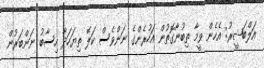
އަލްބަޝީރު: އެހެން ވީމާ ތިބުނާގޮތުން އަހުރެންގެ ނަންވެސް ކަލޭ ތިޔަހަދާ ހިސާބު ނަންބަރުން